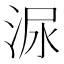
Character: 㳮